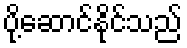
ပို့ဆောင်နိုင်သည်